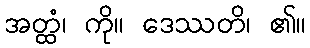
အတ္ထံ၊ ကို။ ဒေဿတိ၊ ၏။